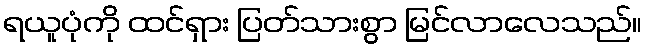
ရယူပုံကို ထင်ရှား ပြတ်သားစွာ မြင်လာလေသည်။